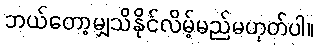
ဘယ်တော့မျှသိနိုင်လိမ့်မည်မဟုတ်ပါ။